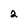
Character: 2